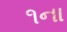
૧ના